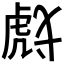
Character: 𰲞